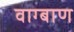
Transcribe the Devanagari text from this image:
वाग्बाण